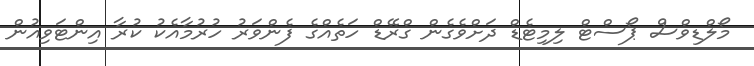
މޯލްޑިވްސް ޕޯސްޓް ލިމިޓެޑް ދަށްވެގެން ގްރޭޑް ހަތެއްގެ ފެންވަރު ހުރުމާއެކު ކުރާ އިންޓަވިއުން